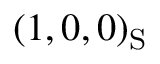
( 1 , 0 , 0 ) _ { \mathrm { S } }